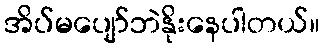
အိပ်မပျော်ဘဲနိုးနေပါတယ်။